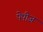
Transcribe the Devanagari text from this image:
पेपीज